Civil Veterinary Department Bengal reports 1933-51 - 1933-1951
Year: 1933
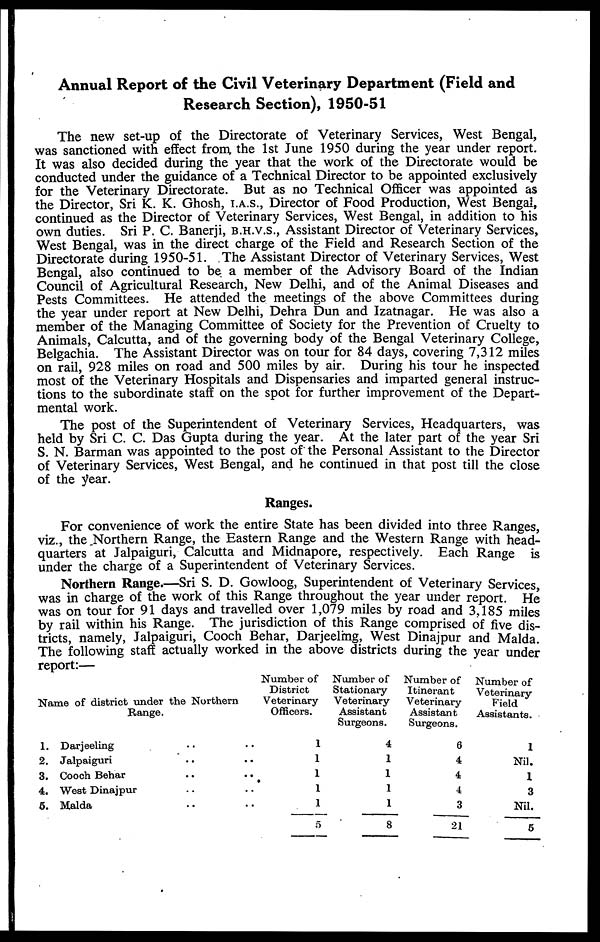
Annual Report of the Civil Veterinary Department (Field and
Research Section), 1950-51
The new set-up of the Directorate of Veterinary Services, West Bengal,
was sanctioned with effect from the 1st June 1950 during the year under report.
It was also decided during the year that the work of the Directorate would be
conducted under the guidance of a Technical Director to be appointed exclusively
for the Veterinary Directorate. But as no Technical Officer was appointed as
the Director, Sri K. K. Ghosh, I.A.S., Director of Food Production, West Bengal,
continued as the Director of Veterinary Services, West Bengal, in addition to his
own duties. Sri P. C. Banerji, B.H.V.S., Assistant Director of Veterinary Services,
West Bengal, was in the direct charge of the Field and Research Section of the
Directorate during 1950-51. The Assistant Director of Veterinary Services, West
Bengal, also continued to be a member of the Advisory Board of the Indian
Council of Agricultural Research, New Delhi, and of the Animal Diseases and
Pests Committees. He attended the meetings of the above Committees during
the year under report at New Delhi, Dehra Dun and Izatnagar. He was also a
member of the Managing Committee of Society for the Prevention of Cruelty to
Animals, Calcutta, and of the governing body of the Bengal Veterinary College,
Belgachia. The Assistant Director was on tour for 84 days, covering 7,312 miles
on rail, 928 miles on road and 500 miles by air. During his tour he inspected
most of the Veterinary Hospitals and Dispensaries and imparted general instruc-
tions to the subordinate staff on the spot for further improvement of the Depart-
mental work.
The post of the Superintendent of Veterinary Services, Headquarters, was
held by Sri C. C. Das Gupta during the year. At the later part of the year Sri
S. N. Barman was appointed to the post of the Personal Assistant to the Director
of Veterinary Services, West Bengal, and he continued in that post till the close
of the year.
Ranges.
For convenience of work the entire State has been divided into three Ranges,
viz., the Northern Range, the Eastern Range and the Western Range with head-
quarters at Jalpaiguri, Calcutta and Midnapore, respectively. Each Range is
under the charge of a Superintendent of Veterinary Services.
Northern Range.—Sri S. D. Gowloog, Superintendent of Veterinary Services,
was in charge of the work of this Range throughout the year under report. He
was on tour for 91 days and travelled over 1,079 miles by road and 3,185 miles
by rail within his Range. The jurisdiction of this Range comprised of five dis-
tricts, namely, Jalpaiguri, Cooch Behar, Darjeeling, West Dinajpur and Malda.
The following staff actually worked in the above districts during the year under
report:—
Name of district under the Northern
Range.
1. Darjeeling .. ..
2. Jalpaiguri .. ..
3. Cooch Behar .. ..
4. West Dinajpur .. ..
5. Malda .. ..
Number of
District
Veterinary
Officers.
1
1
1
1
1
5
Number of
Stationary
Veterinary
Assistant
Surgeons.
4
1
1
1
1
8
Number of
Itinerant
Veterinary
Assistant
Surgeons.
6
4
4
4
3
21
Number of
Veterinary
Field
Assistants.
1
Nil.
1
3
Nil.
5